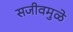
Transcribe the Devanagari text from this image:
सजीवमुळे